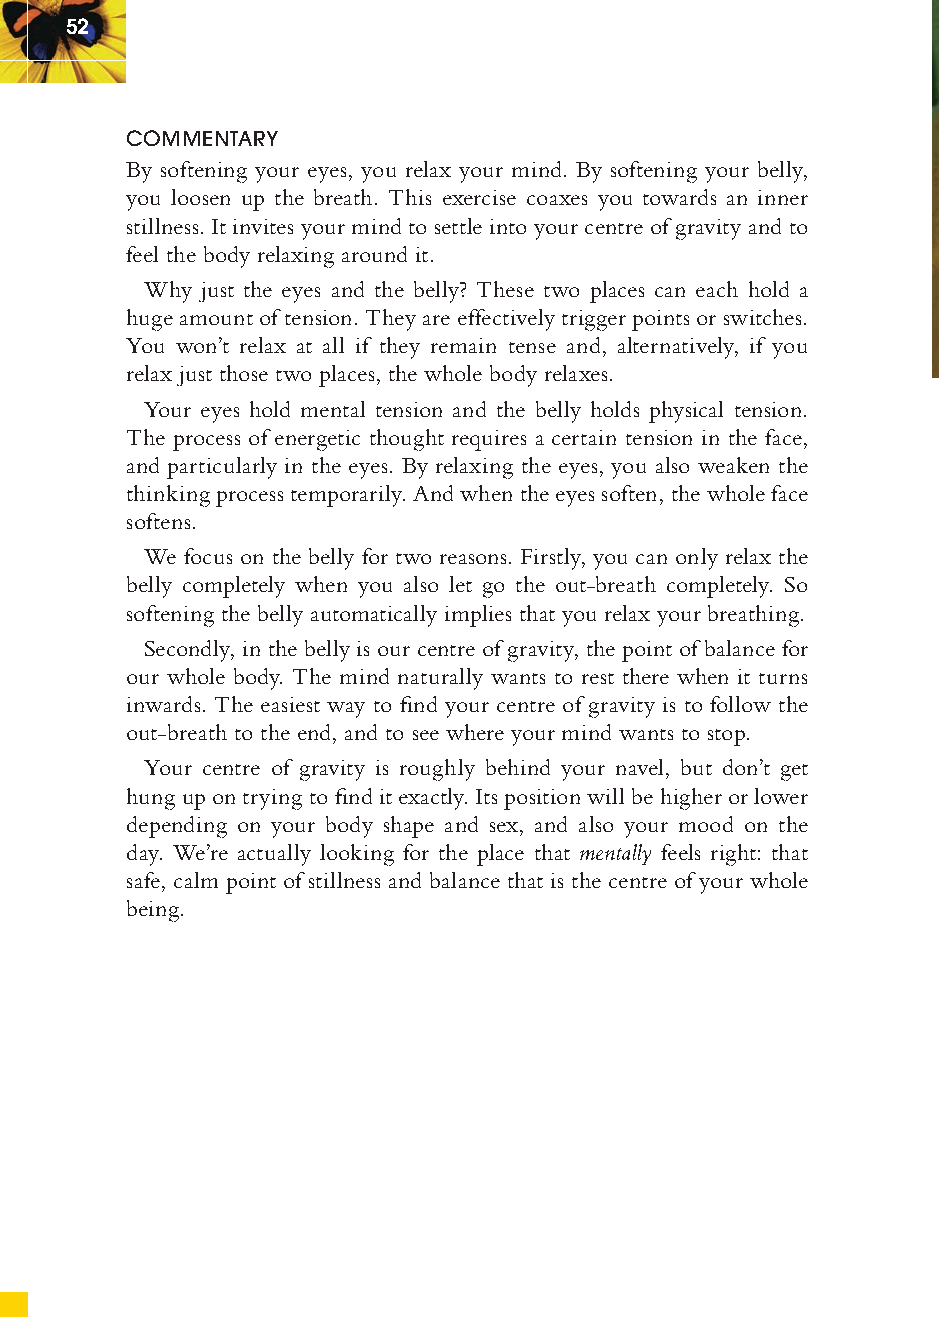
52
 COMMENTARY
 By softening your eyes, you relax your mind. By softening your belly,
 you loosen up the breath. This exercise coaxes you towards an inner
 stillness. It invites your mind to settle into your centre of gravity and to
 feel the body relaxing around it.
 Why just the eyes and the belly? These two places can each hold a
 huge amount of tension. They are effectively trigger points or switches.
 You won’t relax at all if they remain tense and, alternatively, if you
 relax just those two places, the whole body relaxes.
 Your eyes hold mental tension and the belly holds physical tension.
 The process of energetic thought requires a certain tension in the face,
 and particularly in the eyes. By relaxing the eyes, you also weaken the
 thinking process temporarily. And when the eyes soften, the whole face
 softens.
 We focus on the belly for two reasons. Firstly, you can only relax the
 belly completely when you also let go the out-breath completely. So
 softening the belly automatically implies that you relax your breathing.
 Secondly, in the belly is our centre of gravity, the point of balance for
 our whole body. The mind naturally wants to rest there when it turns
 inwards. The easiest way to fi nd your centre of gravity is to follow the
 out-breath to the end, and to see where your mind wants to stop.
 Your centre of gravity is roughly behind your navel, but don’t get
 hung up on trying to fi nd it exactly. Its position will be higher or lower
 depending on your body shape and sex, and also your mood on the
 day. We’re actually looking for the place that mentally feels right: that
 safe, calm point of stillness and balance that is the centre of your whole
 being.
 ffiivvee__220000667788..iinndddd SSeecc11::5566     3300//55//0055 55::0044::0066 PPMM